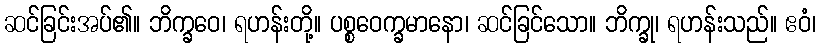
ဆင်ခြင်းအပ်၏။ ဘိက္ခဝေ၊ ရဟန်းတို့။ ပစ္စဝေက္ခမာနော၊ ဆင်ခြင်သော။ ဘိက္ခု၊ ရဟန်းသည်။ ဧဝံ၊